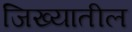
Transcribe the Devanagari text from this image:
जिख्यातील